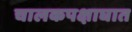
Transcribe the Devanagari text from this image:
चालकपक्षाघात